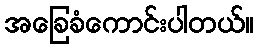
အခြေခံကောင်းပါတယ်။